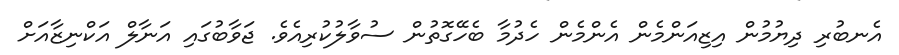
އެނބުރި ދިޔުމުން އިޒިއަންމެން އެންމެން ހެދުމާ ބެހޭގޮތުން ސުވާލުކުރިއެވެ. ޖަވާބުގައި އަނާލް އަކްނިޒާއަށް